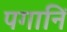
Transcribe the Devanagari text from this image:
पगानिं